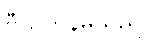
ဗီယက်နမ်သည်